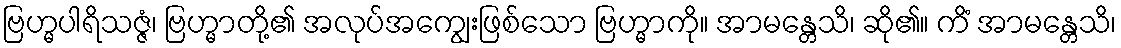
ဗြဟ္မပါရိသဇ္ဇံ၊ ဗြဟ္မာတို့၏ အလုပ်အကျွေးဖြစ်သော ဗြဟ္မာကို။ အာမန္တေသိ၊ ဆို၏။ ကိံ အာမန္တေသိ၊